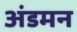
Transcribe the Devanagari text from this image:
अंडमन